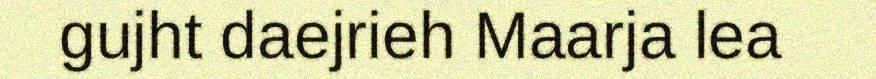
gujht daejrieh Maarja lea